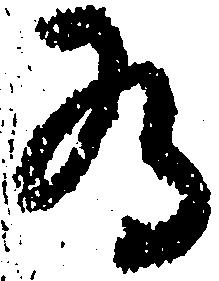
為